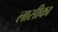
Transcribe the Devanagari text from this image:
लासीका